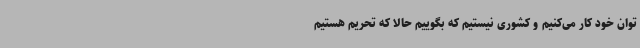
توان خود کار می‌کنیم و کشوری نیستیم که بگوییم حالا که تحریم هستیم